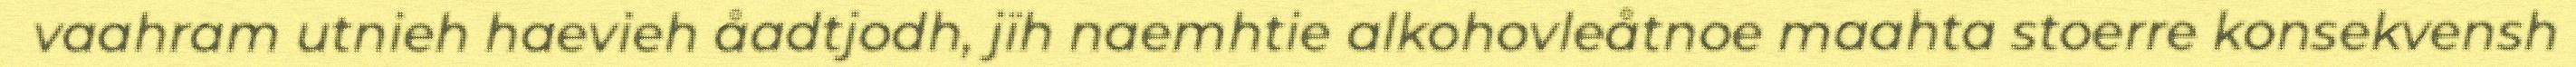
vaahram utnieh haevieh åadtjodh, jïh naemhtie alkohovleåtnoe maahta stoerre konsekvensh